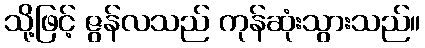
သို့ဖြင့် ဇွန်လသည် ကုန်ဆုံးသွားသည်။